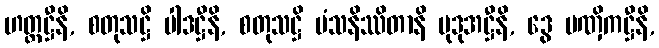
ဟတ္ထဋ္ဌီနိ, စတုသဋ္ဌိ ပါဒဋ္ဌီနိ, စတုသဋ္ဌိ မံသနိဿိတာနိ မုဒုအဋ္ဌီနိ, ဒွေ ပဏှိကဋ္ဌီနိ,